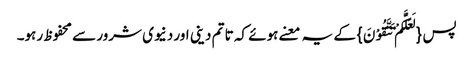
پس {لَعَلَّکُمْ تَتَّقُوْنَ}کے یہ معنے ہوئے کہ تا تم دینی اور دنیوی شرور سے محفوظ رہو۔